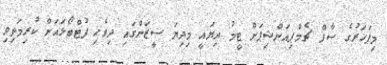
މިފަހަރުގެ ސާފް ޗެމްޕިއަންޝިޕަށް ޓީމު ދިޔައީ މިދިޔަ ސީޒަންގައި ދިވެހި ފުޓްބޯޅައަށް ކުރިމަތިވި